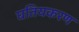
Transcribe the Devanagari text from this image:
घतियकरण